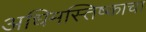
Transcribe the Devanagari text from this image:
अधिमस्तिष्काचा